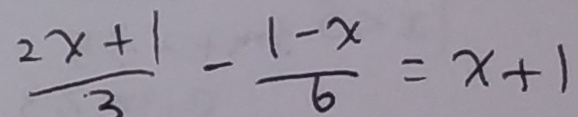
\frac { 2 x + 1 } { 3 } - \frac { 1 - x } { 6 } = x + 1